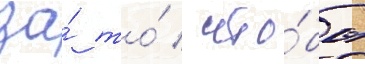
за́ то́ / что́бы